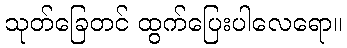
သုတ်ခြေတင် ထွက်ပြေးပါလေရော။